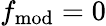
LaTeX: f_{\mathrm{mod}}=0